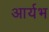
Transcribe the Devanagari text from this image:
आर्यभ